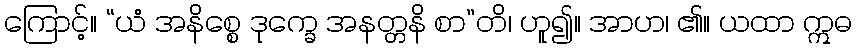
ကြောင့်။ “ယံ အနိစ္စေ ဒုက္ခေ အနတ္တနိ စာ”တိ၊ ဟူ၍။ အာဟ၊ ၏။ ယထာ ဣဓ